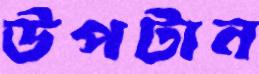
উপটান